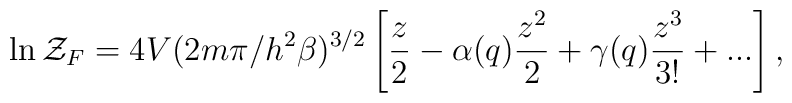
\ln {\cal Z}_F=4V(2m\pi/h^2\beta)^{3/2}\left[\frac{z}{2}-\alpha(q) \frac{z^{2}}{2}+\gamma(q)\frac{z^{3}}{3!}+...\right],